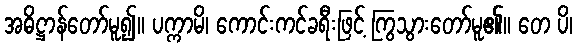
အဓိဋ္ဌာန်တော်မူ၍။ ပက္ကာမိ၊ ကောင်းကင်ခရီးဖြင့် ကြွသွားတော်မူ၏။ တေ ပိ၊